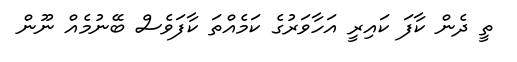
ތީ ދެން ކާފަ ކައިރީ އަހާވަރުގެ ކަމެއްތަ ކާފަވެސް ބޭނުމެއް ނޫން